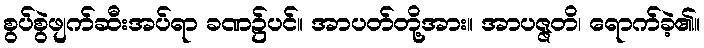
စွပ်စွဲဖျက်ဆီးအပ်ရာ ခဏ၌ပင်။ အာပတ်တို့အား။ အာပဇ္ဇတိ၊ ရောက်ခဲ့၏။